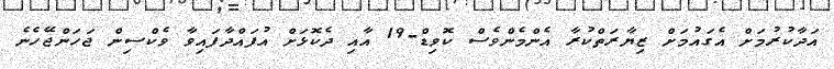
އަދާކުރުމަށް އެގައުމަށް ޒިޔާރަތްކުރާ އެންމެންވެސް ކޮވިޑް-19 އާއި ދެކޮޅަށް އުފައްދާފައިވާ ވެކްސިން ޖަހަންޖޭހެނެ